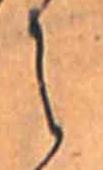
え